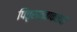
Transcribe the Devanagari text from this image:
पितृसत्ताकतेची